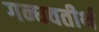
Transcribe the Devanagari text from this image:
गन्धवतीर्थ